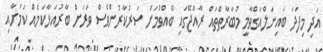
އަދި މިފަދަ ބައިނަލްއަގްވާމީ މުބާރާތްތައް ރާއްޖޭގައި ބޭއްވުމަށް ސަރުކާރުންވެސް ވަރަށް ބާރުއަޅާކަމެއް ކަމަށާއި